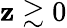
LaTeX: \mathbf{z}\gtrsim0